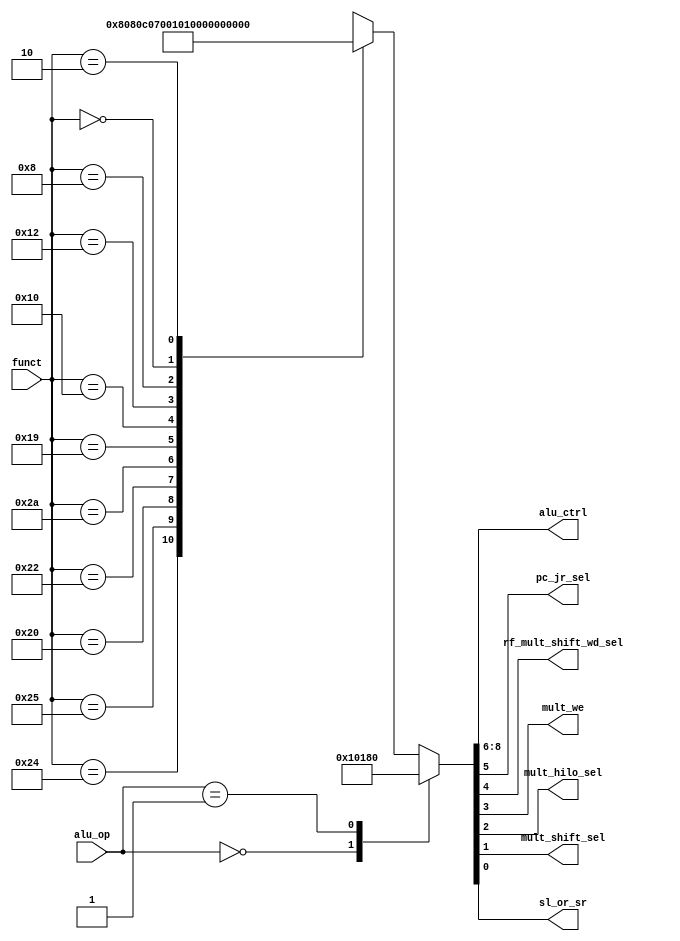
module auxdec (
        input  wire [1:0] alu_op,
        input  wire [5:0] funct,
        output wire [2:0] alu_ctrl,
        
        // New outputs
        output wire       pc_jr_sel,
        output wire       rf_mult_shift_wd_sel,
        output wire       mult_we,
        output wire       mult_hilo_sel,
        output wire       mult_shift_sel,
        output wire       sl_or_sr
    );

    reg [9:0] ctrl;

    assign {alu_ctrl, pc_jr_sel, rf_mult_shift_wd_sel, mult_we, mult_hilo_sel, mult_shift_sel, sl_or_sr} = ctrl;

    always @ (alu_op, funct) begin
        case (alu_op)
            2'b00: ctrl = 9'b010_0_0_0_0_0_0;          // ADD (LW or SW)
            2'b01: ctrl = 9'b110_0_0_0_0_0_0;          // SUB (BEQ)
            default: case (funct)
                9'b10_0100: ctrl = 9'b000_0_0_0_0_0_0; // AND
                9'b10_0101: ctrl = 9'b001_0_0_0_0_0_0; // OR
                9'b10_0000: ctrl = 9'b010_0_0_0_0_0_0; // ADD
                9'b10_0010: ctrl = 9'b110_0_0_0_0_0_0; // SUB
                9'b10_1010: ctrl = 9'b111_0_0_0_0_0_0; // SLT
                9'b01_1001: ctrl = 9'b000_0_0_1_0_0_0; // NEW: MULTU
                9'b01_0000: ctrl = 9'b000_0_1_0_0_0_0; // NEW: MFHI
                9'b01_0010: ctrl = 9'b000_0_1_0_1_0_0; // NEW: MFLO
                9'b00_1000: ctrl = 9'b000_1_0_0_0_0_0; // NEW: JR
                9'b00_0000: ctrl = 9'b000_0_1_0_0_1_0; // NEW: SLL
                9'b00_0010: ctrl = 9'b000_0_1_0_0_1_1; // NEW: SLR
                default:    ctrl = 9'bxxx_x;
            endcase
        endcase
    end

endmodule